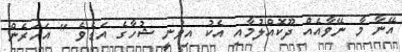
އޭނާ މާ ނޭވާއެއް ދޫކޮއްލުމާއި އެކު އިވުނީ ޝުހާގެ އަޑެވެ " އަހަރެން